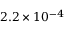
2 . 2 \times 1 0 ^ { - 4 }